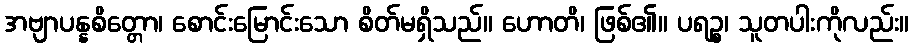
အဗျာပန္နစိတ္တော၊ စောင်းမြောင်းသော စိတ်မရှိသည်။ ဟောတိ၊ ဖြစ်၏။ ပရဉ္စ၊ သူတပါးကိုလည်း။